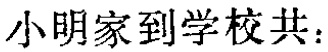
小明家到学校共：